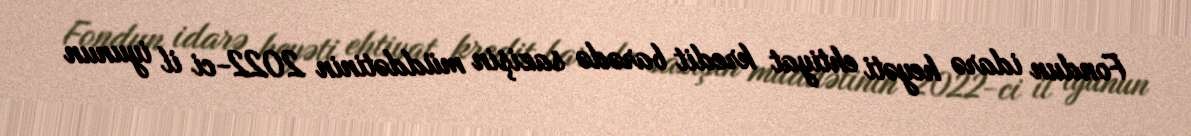
Fondun idarə heyəti ehtiyat kredit barədə sazişin müddətinin 2022-ci il iyunun